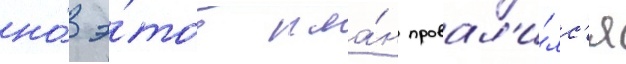
но́ э́тот пла́н провал'и́лс'я